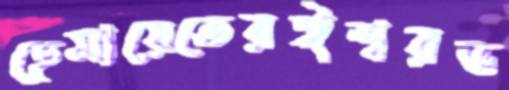
হেমায়েতেরঈশ্বরভ